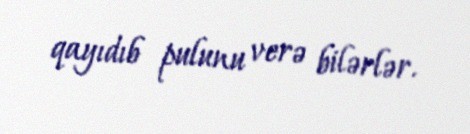
qayıdıb pulunu verə bilərlər.